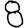
Digit: 8